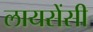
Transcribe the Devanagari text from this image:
लायसेंसी